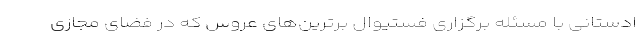
ادستانی با مسئله برگزاری فستیوال برترین‌های عروس که در فضای مجازی